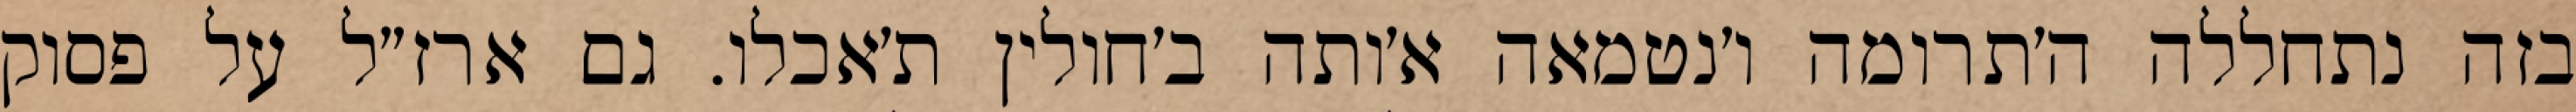
בזה נתחללה ה׳תרומה ו׳נטמאה א׳ותה ב׳חולין ת׳אכלו. גם ארז״ל על פסוק